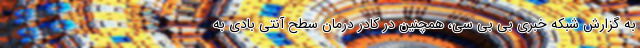
به گزارش شبکه خبری بی بی سی، همچنین در کادر درمان سطح آنتی بادی به